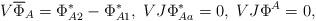
LaTeX: \begin{align*}V \overline{\Phi}_A = \Phi^*_{A2}-\Phi^*_{A1},\; VJ\Phi^*_{Aa} = 0,\;VJ\Phi^A = 0,\end{align*}